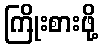
ကြိုးစားဖို့